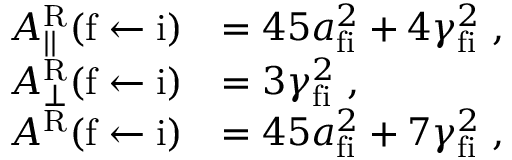
\begin{array} { r l } { A _ { | | } ^ { \mathrm { R } } ( \mathrm { f } \leftarrow \mathrm { i } ) } & { = 4 5 a _ { \mathrm { f i } } ^ { 2 } + 4 \gamma _ { \mathrm { f i } } ^ { 2 } \; , } \\ { A _ { \perp } ^ { \mathrm { R } } ( \mathrm { f } \leftarrow \mathrm { i } ) } & { = 3 \gamma _ { \mathrm { f i } } ^ { 2 } \; , } \\ { A ^ { \mathrm { R } } ( \mathrm { f } \leftarrow \mathrm { i } ) } & { = 4 5 a _ { \mathrm { f i } } ^ { 2 } + 7 \gamma _ { \mathrm { f i } } ^ { 2 } \; , } \end{array}